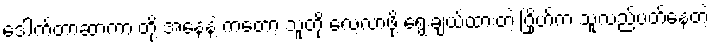
ဒေါက်တာဆာကာ တို့ အနေနဲ့ ကတော့ သူတို့ လေ့လာဖို့ ရွေးချယ်ထားတဲ့ ဂြိုဟ်က သူလည်ပတ်နေတဲ့